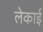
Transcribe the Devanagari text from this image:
लेकाई